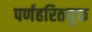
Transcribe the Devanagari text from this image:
पर्णहरितयुक्त